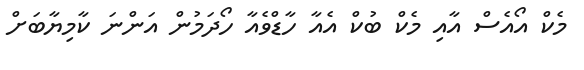
މެކް އޯއެސް އާއި މެކް ބުކް އެއާ ހާޑްވެއާ ހޯދަމުން އަންނަ ކާމިޔާބަށް